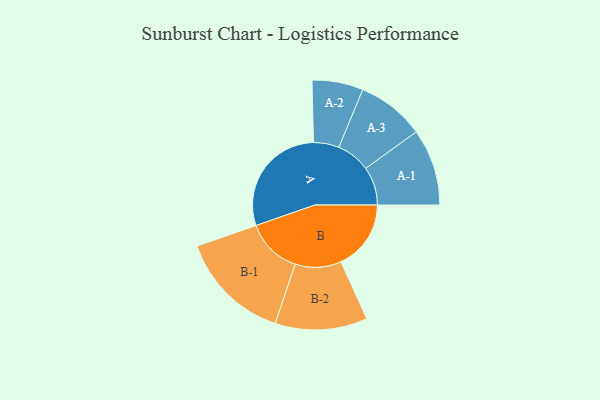
{"axis": {"x": "Segment", "y": "Value"}, "legend": ["", "A", "B"], "data": [{"x": "A", "y": 466, "type": ""}, {"x": "B", "y": 283, "type": ""}, {"x": "A-1", "y": 155, "type": "A"}, {"x": "A-2", "y": 103, "type": "A"}, {"x": "A-3", "y": 137, "type": "A"}, {"x": "B-1", "y": 226, "type": "B"}, {"x": "B-2", "y": 186, "type": "B"}]}